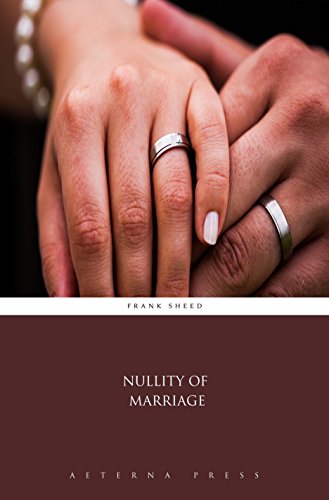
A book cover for Nullity of Marriage (Illustrated); Frank Sheed; Christian Books & Bibles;